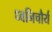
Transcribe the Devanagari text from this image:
ध्वनिचौर्य